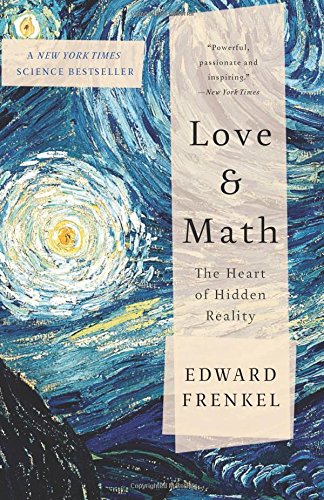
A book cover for Love and Math: The Heart of Hidden Reality; Edward Frenkel; Science & Math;